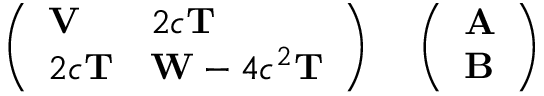
\begin{array} { r l } { \left( \begin{array} { l l } { \mathbf { V } } & { 2 c \mathbf { T } } \\ { 2 c \mathbf { T } } & { \mathbf { W } - 4 c ^ { 2 } \mathbf { T } } \end{array} \right) } & { { } \, \left( \begin{array} { l } { \mathbf { A } } \\ { \mathbf { B } } \end{array} \right) } \end{array}